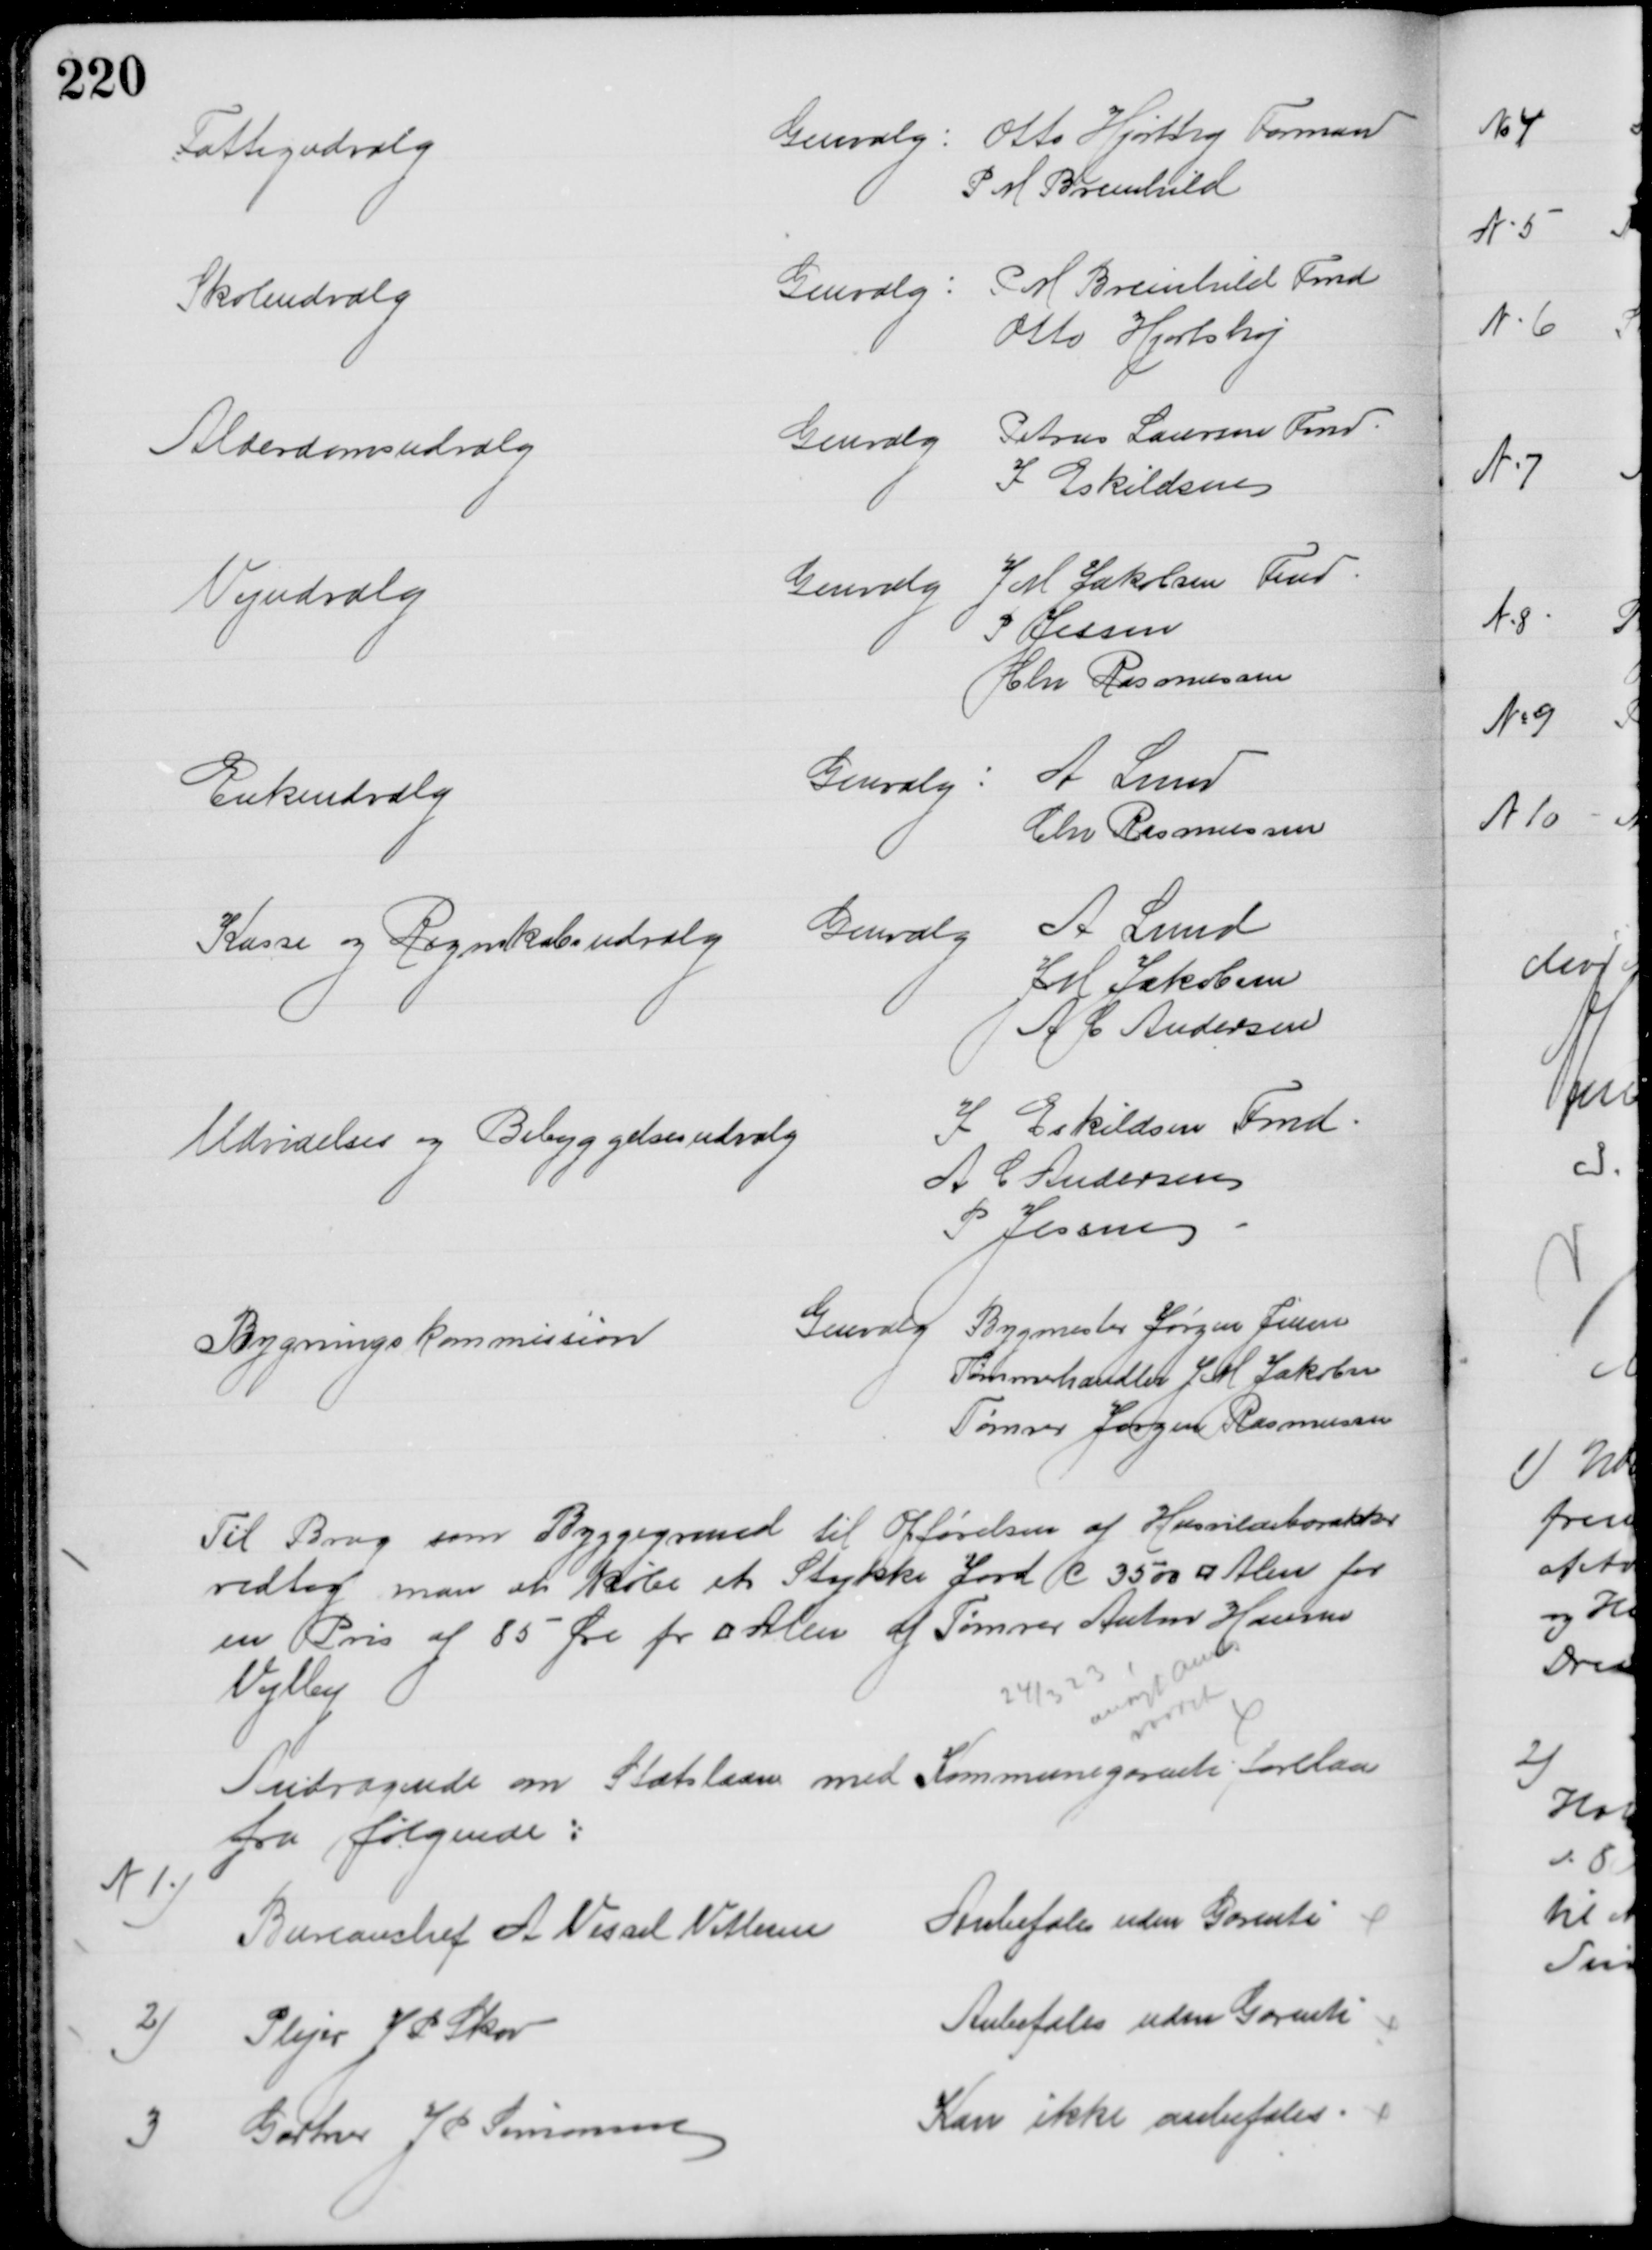
Transskription:
Fattigudvalg
Genvalg: Otto Hjortshøj Formand
P M Breinhild
Skoleudvalg
Genvalg:
P M Breinhild Fmd
Otto Hjortshøj
Alderdomsudvalg
Genvalg
Petrus Laursen Fmd.
I Eskildsen
Vejudvalg
Genvalg
J M Jakobsen Fmd
P Jessen
Chr Rasmussen
Enkeudvalg
Genvalg
A Lund
Chr Rasmussen
Kasse og Regnskabsudvalg
Genvalg
A Lund
J M Jakobsen
A C Andersen
Udvidelses og Bebyggelsesudvalg
I Eskildsen Fmd.
A C Andersen
P Jessen
Bygningskommission
Genvalg
Bygmester Jørgen Pedersen
Tømmerhandler J M Jakobsen
Tømrer Jørgen Rasmussen
Til Brug som Byggegrund til Opførelsen af Husvildebarakker
vedtog man at købe et Stykke Jord (c 3500 □ Alen for
en Pris af 85 Øre pr □ Alen af Tømrer Anton Hansen
Vejlby
24/3 23
ansøgt Amts
raadet
Andragende om Statslaan med Kommunegarenti forelaa
fra følgende:
N 1)
Bureauchef A Vessel Vetlesen
Anbefales uden Garenti
2) 
Plejer J P Skov
Anbefales uden Garenti
3 
Gartner J P Simonsen
Kan ikke anbefales